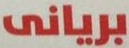
بريانى